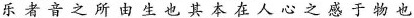
乐 者 音 之 所 由 生 也 其 本 在 人 心 之